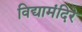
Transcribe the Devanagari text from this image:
विद्यामंदिरे